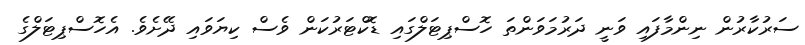
ސަރުކާރުން ނިންމާފައި ވަނީ ދަރުމަވަންތަ ހޮސްޕިޓަލްގައި ޑޮކްޓަރުކަން ވެސް ކިޔަވައި ދޭށެވެ. އެހޮސްޕިޓަލްގެ